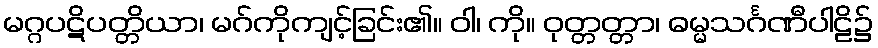
မဂ္ဂပဋိပတ္တိယာ၊ မဂ်ကိုကျင့်ခြင်း၏။ ဝါ၊ ကို။ ဝုတ္တတ္တာ၊ ဓမ္မသင်္ဂဏီပါဠိ၌